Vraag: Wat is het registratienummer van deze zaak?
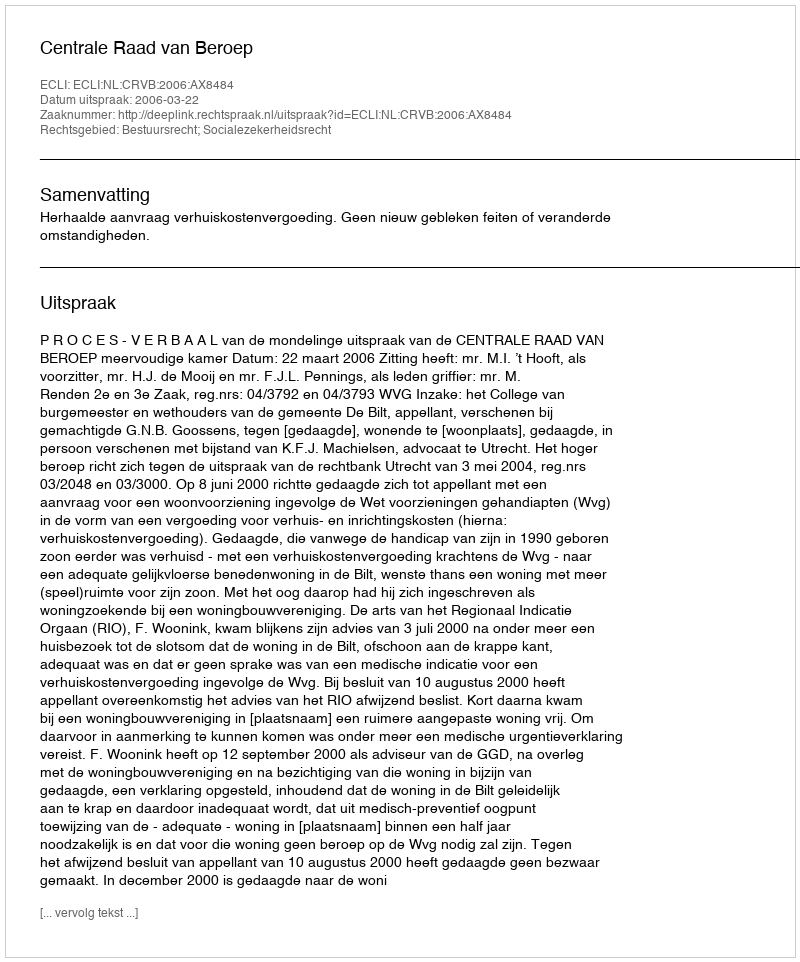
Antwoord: http://deeplink.rechtspraak.nl/uitspraak?id=ECLI:NL:CRVB:2006:AX8484